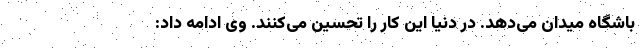
باشگاه میدان می‌دهد. در دنیا این کار را تحسین می‌کنند. وی ادامه داد: